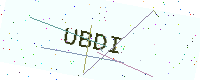
Text: UBDI